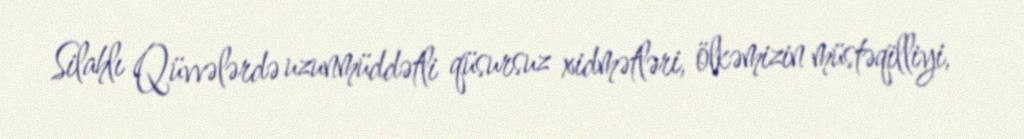
Silahlı Qüvvələrdə uzunmüddətli qüsursuz xidmətləri, ölkəmizin müstəqilliyi,